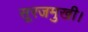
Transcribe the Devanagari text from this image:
सूरजमुखी।